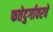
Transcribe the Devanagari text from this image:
फत्तेदुर्गावरचे